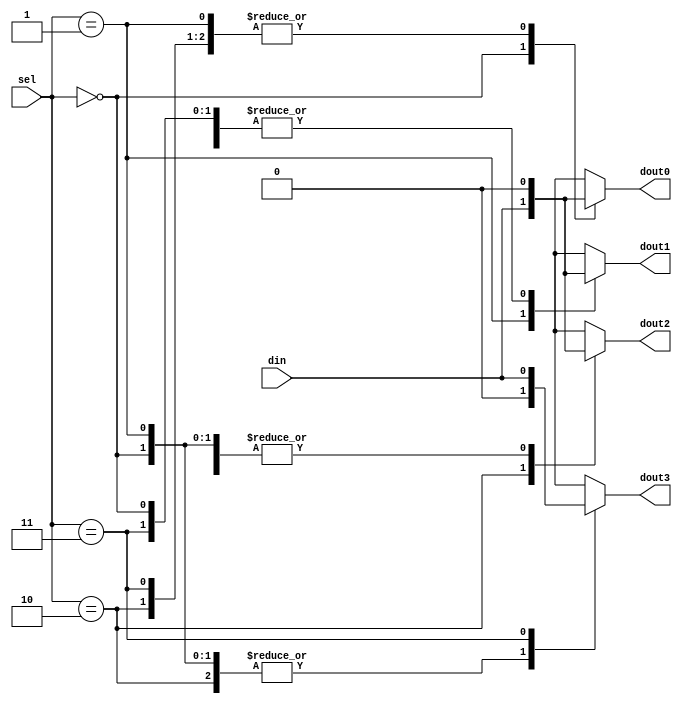
module Ex2
(
	input din ,
	input [1:0] sel ,
	output reg dout0,
	output reg dout1,
	output reg dout2,
	output reg dout3
);
	always @ (*)
		case ( sel )
		2'b00:
		begin
		dout0 = din ;
		dout1 = 0;
		dout2 = 0;
		dout3 = 0;
		end
		2'b01:
		begin
		dout0 = 0;
		dout1 = din ;
		dout2 = 0;
		dout3 = 0;
		end
		2'b10:
		begin
		dout0 = 0;
		dout1 = 0;
		dout2 = din ;
		dout3 = 0;
		end
		2'b11:
		begin
		dout0 = 0;
		dout1 = 0;
		dout2 = 0;
		dout3 = din ;
		end
	endcase
endmodule